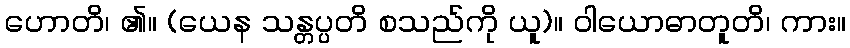
ဟောတိ၊ ၏။ (ယေန သန္တပ္ပတိ စသည်ကို ယူ)။ ဝါယောဓာတူတိ၊ ကား။